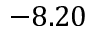
- 8 . 2 0